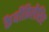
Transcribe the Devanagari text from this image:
कैर्योफ़िलैसिए